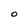
Character: O